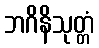
ဘဂိနိသုတ္တံ